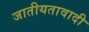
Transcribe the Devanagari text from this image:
जातीयतावादी